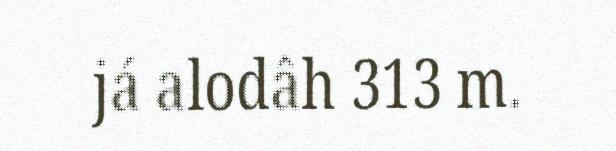
já alodâh 313 m.